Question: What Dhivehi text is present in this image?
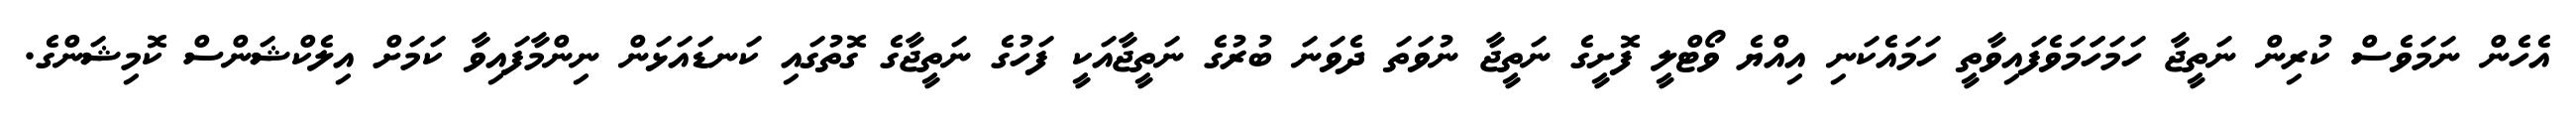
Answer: އެހެން ނަމަވެސް ކުރިން ނަތީޖާ ހަމަހަަމަވެފައިވާތީ ހަމައެކަނި އިއްޔެ ވޯޓްލީ ފޮށީގެ ނަތީޖާ ނުވަތަ ދެވަނަ ބުރުގެ ނަތީޖާއަކީ ފަހުގެ ނަތީޖާގެ ގޮތުގައި ކަނޑައަޅަން ނިންމާފައިވާ ކަމަށް އިލެކްޝަންސް ކޮމިޝަންގެ.